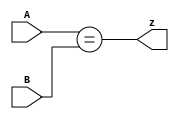
//Taken from 2015 midterm question 1k

//Create a circuit that has two 2-bit inputs A[1:0] and B[1:0], and produces an output z.
// The value of z should be 1 if A = B, otherwise z should be 0.

module top_module ( input [1:0] A, input [1:0] B, output z ); 

    assign z = (A == B);

endmodule